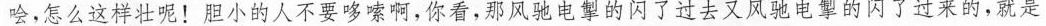
哙，怎么这样壮呢！胆小的人不要哆嗦啊，你看，那风驰电掣的闪了过去又风驰电掣的闪了过来的，就是